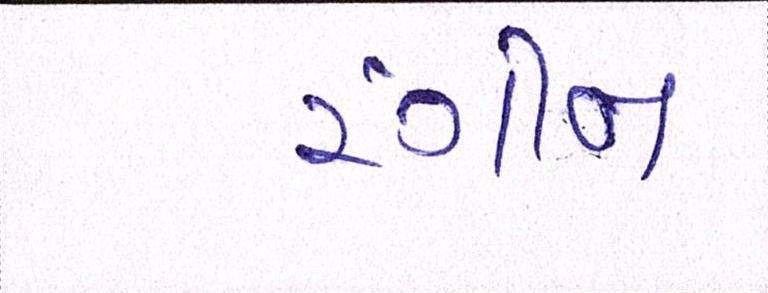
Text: રંગીન